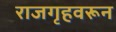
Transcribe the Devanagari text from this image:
राजगृहवरून